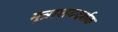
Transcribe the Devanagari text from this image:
मूत्राशयदर्शक